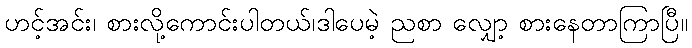
ဟင့်အင်း၊ စားလို့ကောင်းပါတယ်၊ဒါပေမဲ့ ညစာ လျှော့ စားနေတာကြာပြီ။